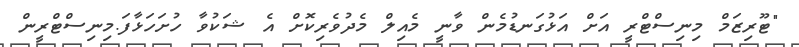
"ޓޫރިޒަމް މިނިސްޓްރީ އަށް އަޅުގަނޑުމެން ވާނީ މެއިލް މެދުވެރިކޮށް އެ ޝަކުވާ ހުށަހަޅާފަ.މިނިސްޓްރީން